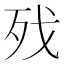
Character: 𣧌